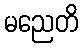
မညေတိ